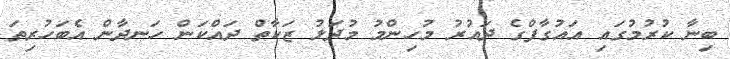
ބިނާ ކުރުމުގައި އައުގާފްގެ ދައުރު މުހިންމު މުދަލު ޒަކާތް ދައްކަން ހަނދާން އެބަހުރިތަ